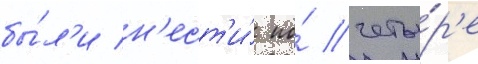
бы́л'и н'ест'и́ по́ четы́р'е